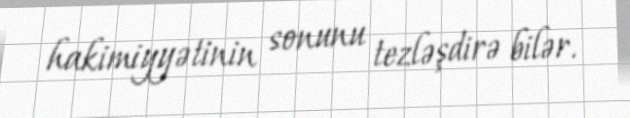
hakimiyyətinin sonunu tezləşdirə bilər.